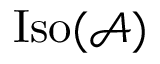
\mathrm { I s o } ( { \mathcal { A } } )